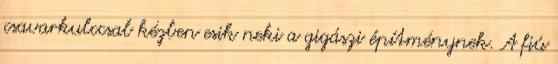
csavarkulccsal kézben esik neki a gigászi építménynek. A fiú